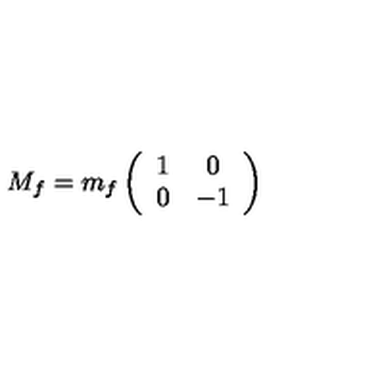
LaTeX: M _ { f } = m _ { f } \left( \begin{array} { c c } { 1 } & { 0 } \\ { 0 } & { - 1 } \\ \end{array} \right)